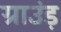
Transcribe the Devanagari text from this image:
ग्राउंड़